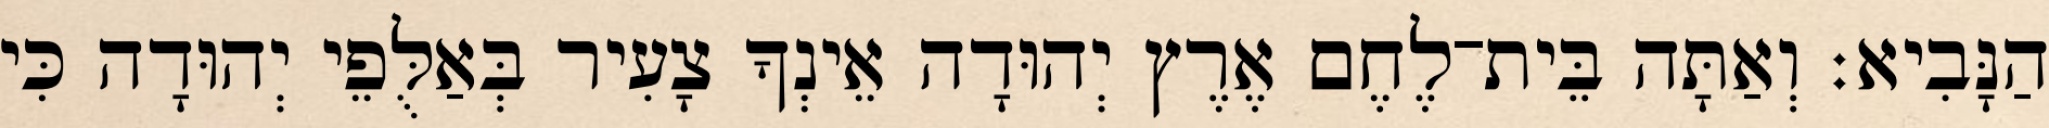
הַנָּבִיא׃ וְאַתָּה בֵּית־לֶחֶם אֶרֶץ יְהוּדָה אֵינְךָ צָעִיר בְּאַלֻּפֵי יְהוּדָה כִּי